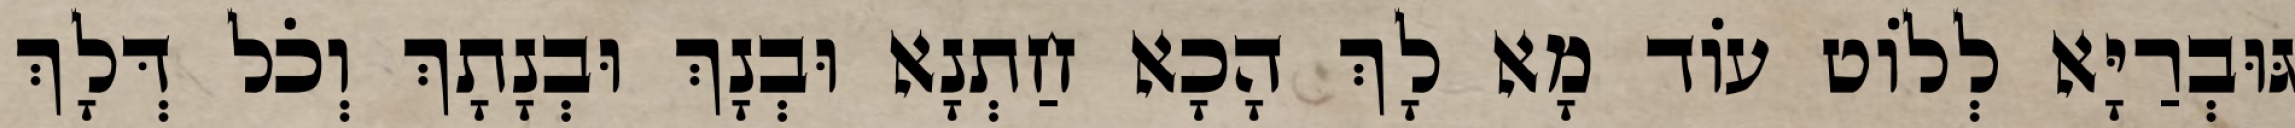
גּוּבְרַיָּא לְלוֹט עוֹד מָא לָךְ הָכָא חַתְנָא וּבְנָךְ וּבְנָתָךְ וְכֹל דְּלָךְ